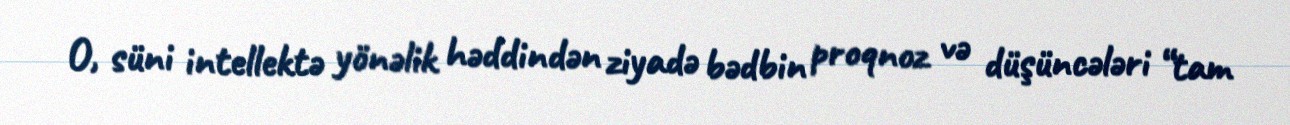
O, süni intellektə yönəlik həddindən ziyadə bədbin proqnoz və düşüncələri “tam